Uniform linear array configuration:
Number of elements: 12
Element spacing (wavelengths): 0.25
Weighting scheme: kaiser
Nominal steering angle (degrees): -15
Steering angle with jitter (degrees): -13.379
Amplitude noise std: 0.05
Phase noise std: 0.05

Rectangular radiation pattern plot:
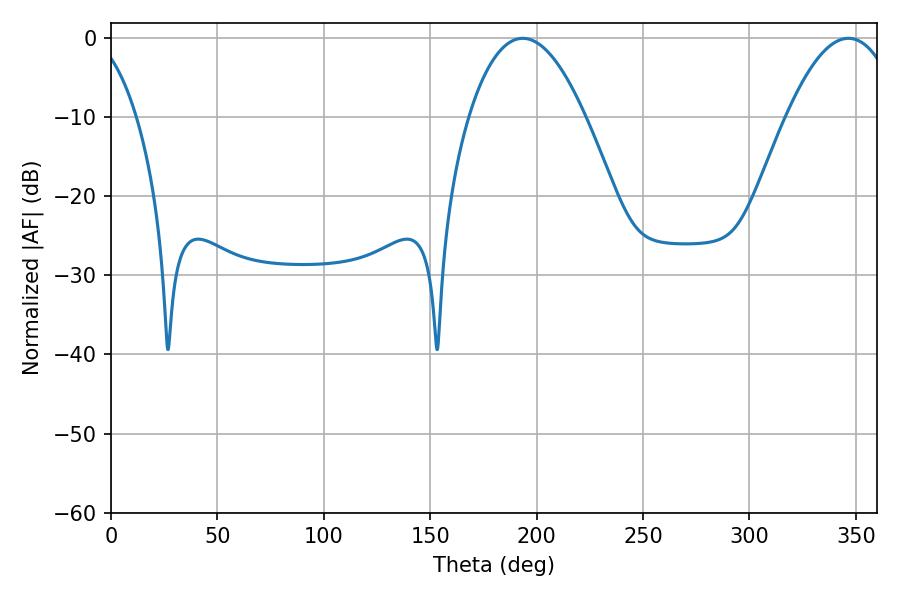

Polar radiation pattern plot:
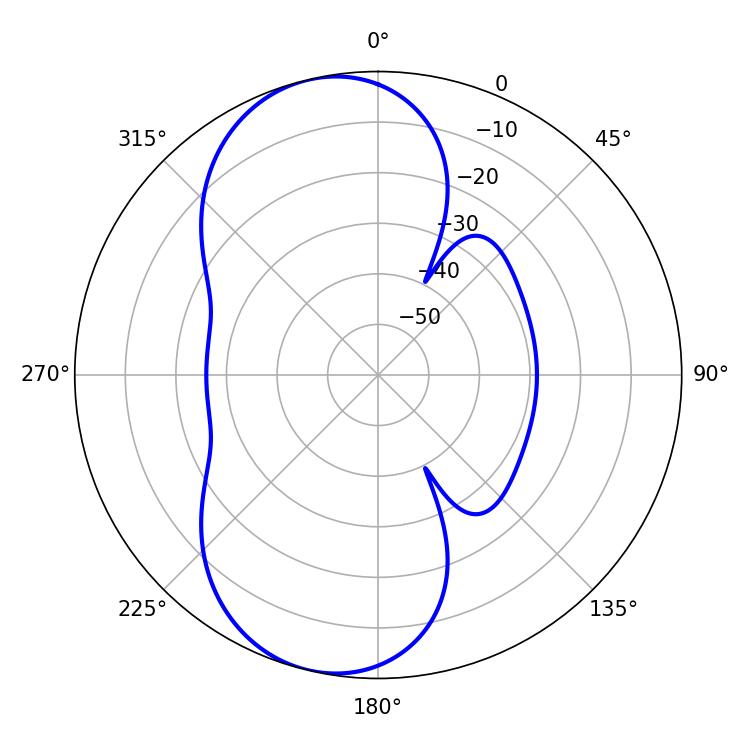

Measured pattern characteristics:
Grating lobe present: FALSE
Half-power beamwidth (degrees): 30.24
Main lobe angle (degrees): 193.5